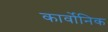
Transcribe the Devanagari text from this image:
कार्वोनिक